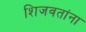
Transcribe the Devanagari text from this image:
शिजवतांना